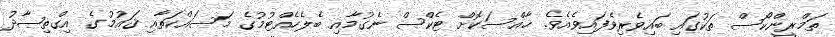
ތަމްރީންކޯސް ތަކުގައި ބައިވެރިވެފައިވެއެވެ. ޚާއްސަކޮށް ޓެކްސް ނެގުމާއި ބެލެހެއްޓުމުގެ މަސައްކަތާއި ޤައުމުގެ އިގްތިޞާދު